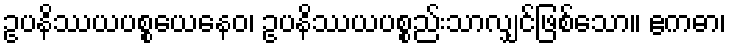
ဥပနိဿယပစ္စယေနေဝ၊ ဥပနိဿယပစ္စည်းသာလျှင်ဖြစ်သော။ ဧကဓာ၊